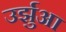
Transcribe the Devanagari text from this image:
उर्झुआ